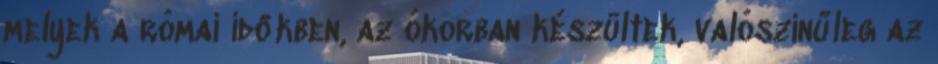
melyek a római időkben, az ókorban készültek, valószínűleg az